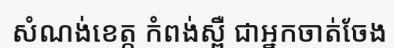
សំណង់ខេត្ត កំពង់ស្ពឺ ជាអ្នកចាត់ចែង